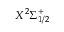
X ^ { 2 } \Sigma _ { 1 / 2 } ^ { + }